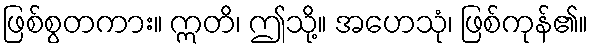
ဖြစ်စွတကား။ ဣတိ၊ ဤသို့။ အဟေသုံ၊ ဖြစ်ကုန်၏။